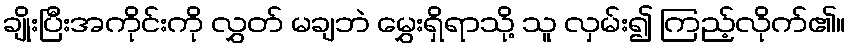
ချိုးပြီးအကိုင်းကို လွှတ် မချဘဲ မွှေးရှိရာသို့ သူ လှမ်း၍ ကြည့်လိုက်၏။